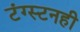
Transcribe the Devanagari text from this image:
टंग्स्टनही